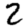
Digit: 2